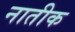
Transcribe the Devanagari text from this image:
नातीक